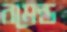
রমেন্ড